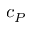
c _ { P }